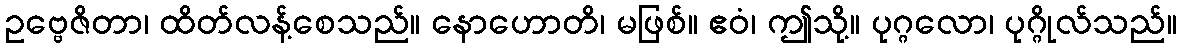
ဥဗ္ဗေဇိတာ၊ ထိတ်လန့်စေသည်။ နောဟောတိ၊ မဖြစ်။ ဧဝံ၊ ဤသို့။ ပုဂ္ဂလော၊ ပုဂ္ဂိုလ်သည်။